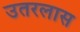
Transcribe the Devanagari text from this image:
उतरलास